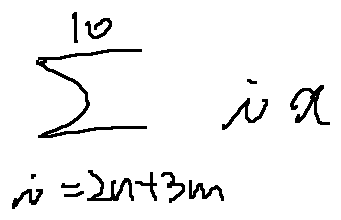
\sum \limits _ { i = 2 n + 3 m } ^ { 1 0 } i x